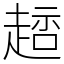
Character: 䞸